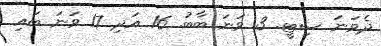
ދެވަނަ ސިޓީ. 3 ވަނަ ބާބު. 16 އަދި 17 ވަނަ ބައި